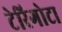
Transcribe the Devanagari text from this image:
टेरिगोटा